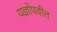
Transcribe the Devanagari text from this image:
यज्ञोंपवीत